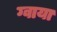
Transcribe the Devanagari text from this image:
ग्वाया